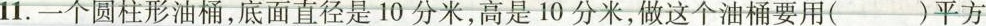
11.一个圆柱形油桶，底面直径是10分米，高是10分米，做这个油桶要用()平方